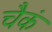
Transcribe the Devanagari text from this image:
चैकं